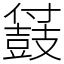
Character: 䵾